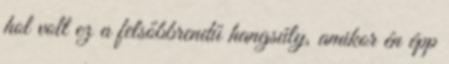
hol volt ez a felsőbbrendű hangsúly, amikor én épp